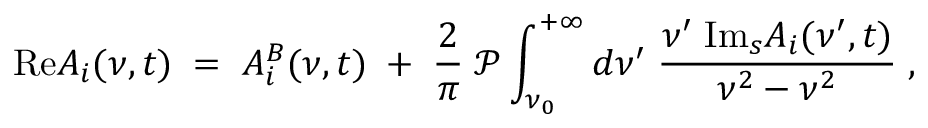
\mathrm { R e } A _ { i } ( \nu , t ) \; = \; A _ { i } ^ { B } ( \nu , t ) \; + \; { \frac { 2 } { \pi } } \; { \mathcal P } \int _ { \nu _ { 0 } } ^ { + \infty } d \nu ^ { \prime } \; { \frac { \nu ^ { \prime } \; \mathrm { I m } _ { s } A _ { i } ( \nu ^ { \prime } , t ) } { \nu ^ { 2 } - \nu ^ { 2 } } } \; ,